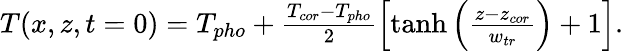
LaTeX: \begin{array}{r}{T(x,z,t=0)=T_{pho}+\frac{T_{cor}-T_{pho}}{2}\left[\operatorname{tanh}\left(\frac{z-z_{cor}}{w_{tr}}\right)+1\right].}\end{array}